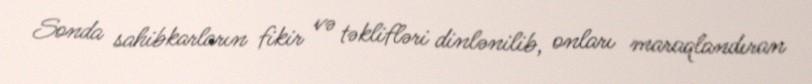
Sonda sahibkarların fikir və təklifləri dinlənilib, onları maraqlandıran